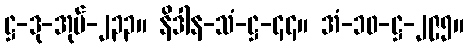
ဋ္ဌ-ဒု-အုပ်-၂၃၃။ နိဒါန-သံ-ဋ္ဌ-၄၄။ အံ-၁၀-ဋ္ဌ-၂၉၅။